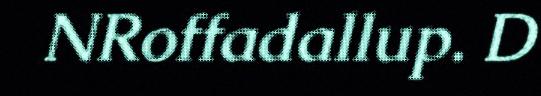
NRoffadallup. D